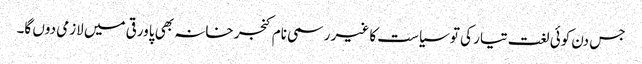
جس دن کوئی لغت تیار کی تو سیاست کا غیر رسمی نام کنجر خانہ بھی پاورقی میں لازمی دوں گا۔